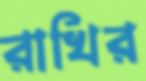
রাখির